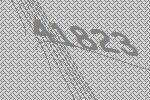
41823